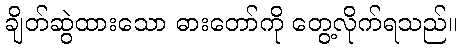
ချိတ်ဆွဲထားသော ဓားတော်ကို တွေ့လိုက်ရသည်။